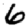
Digit: 6